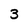
Character: 3